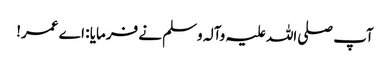
آپ صلی اللہ علیہ وآلہ وسلم نے فرمایا : اے عمر!